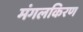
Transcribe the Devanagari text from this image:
मंगलकिरण